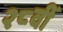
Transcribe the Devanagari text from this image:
२८वीं